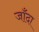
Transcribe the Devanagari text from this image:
जाँदा